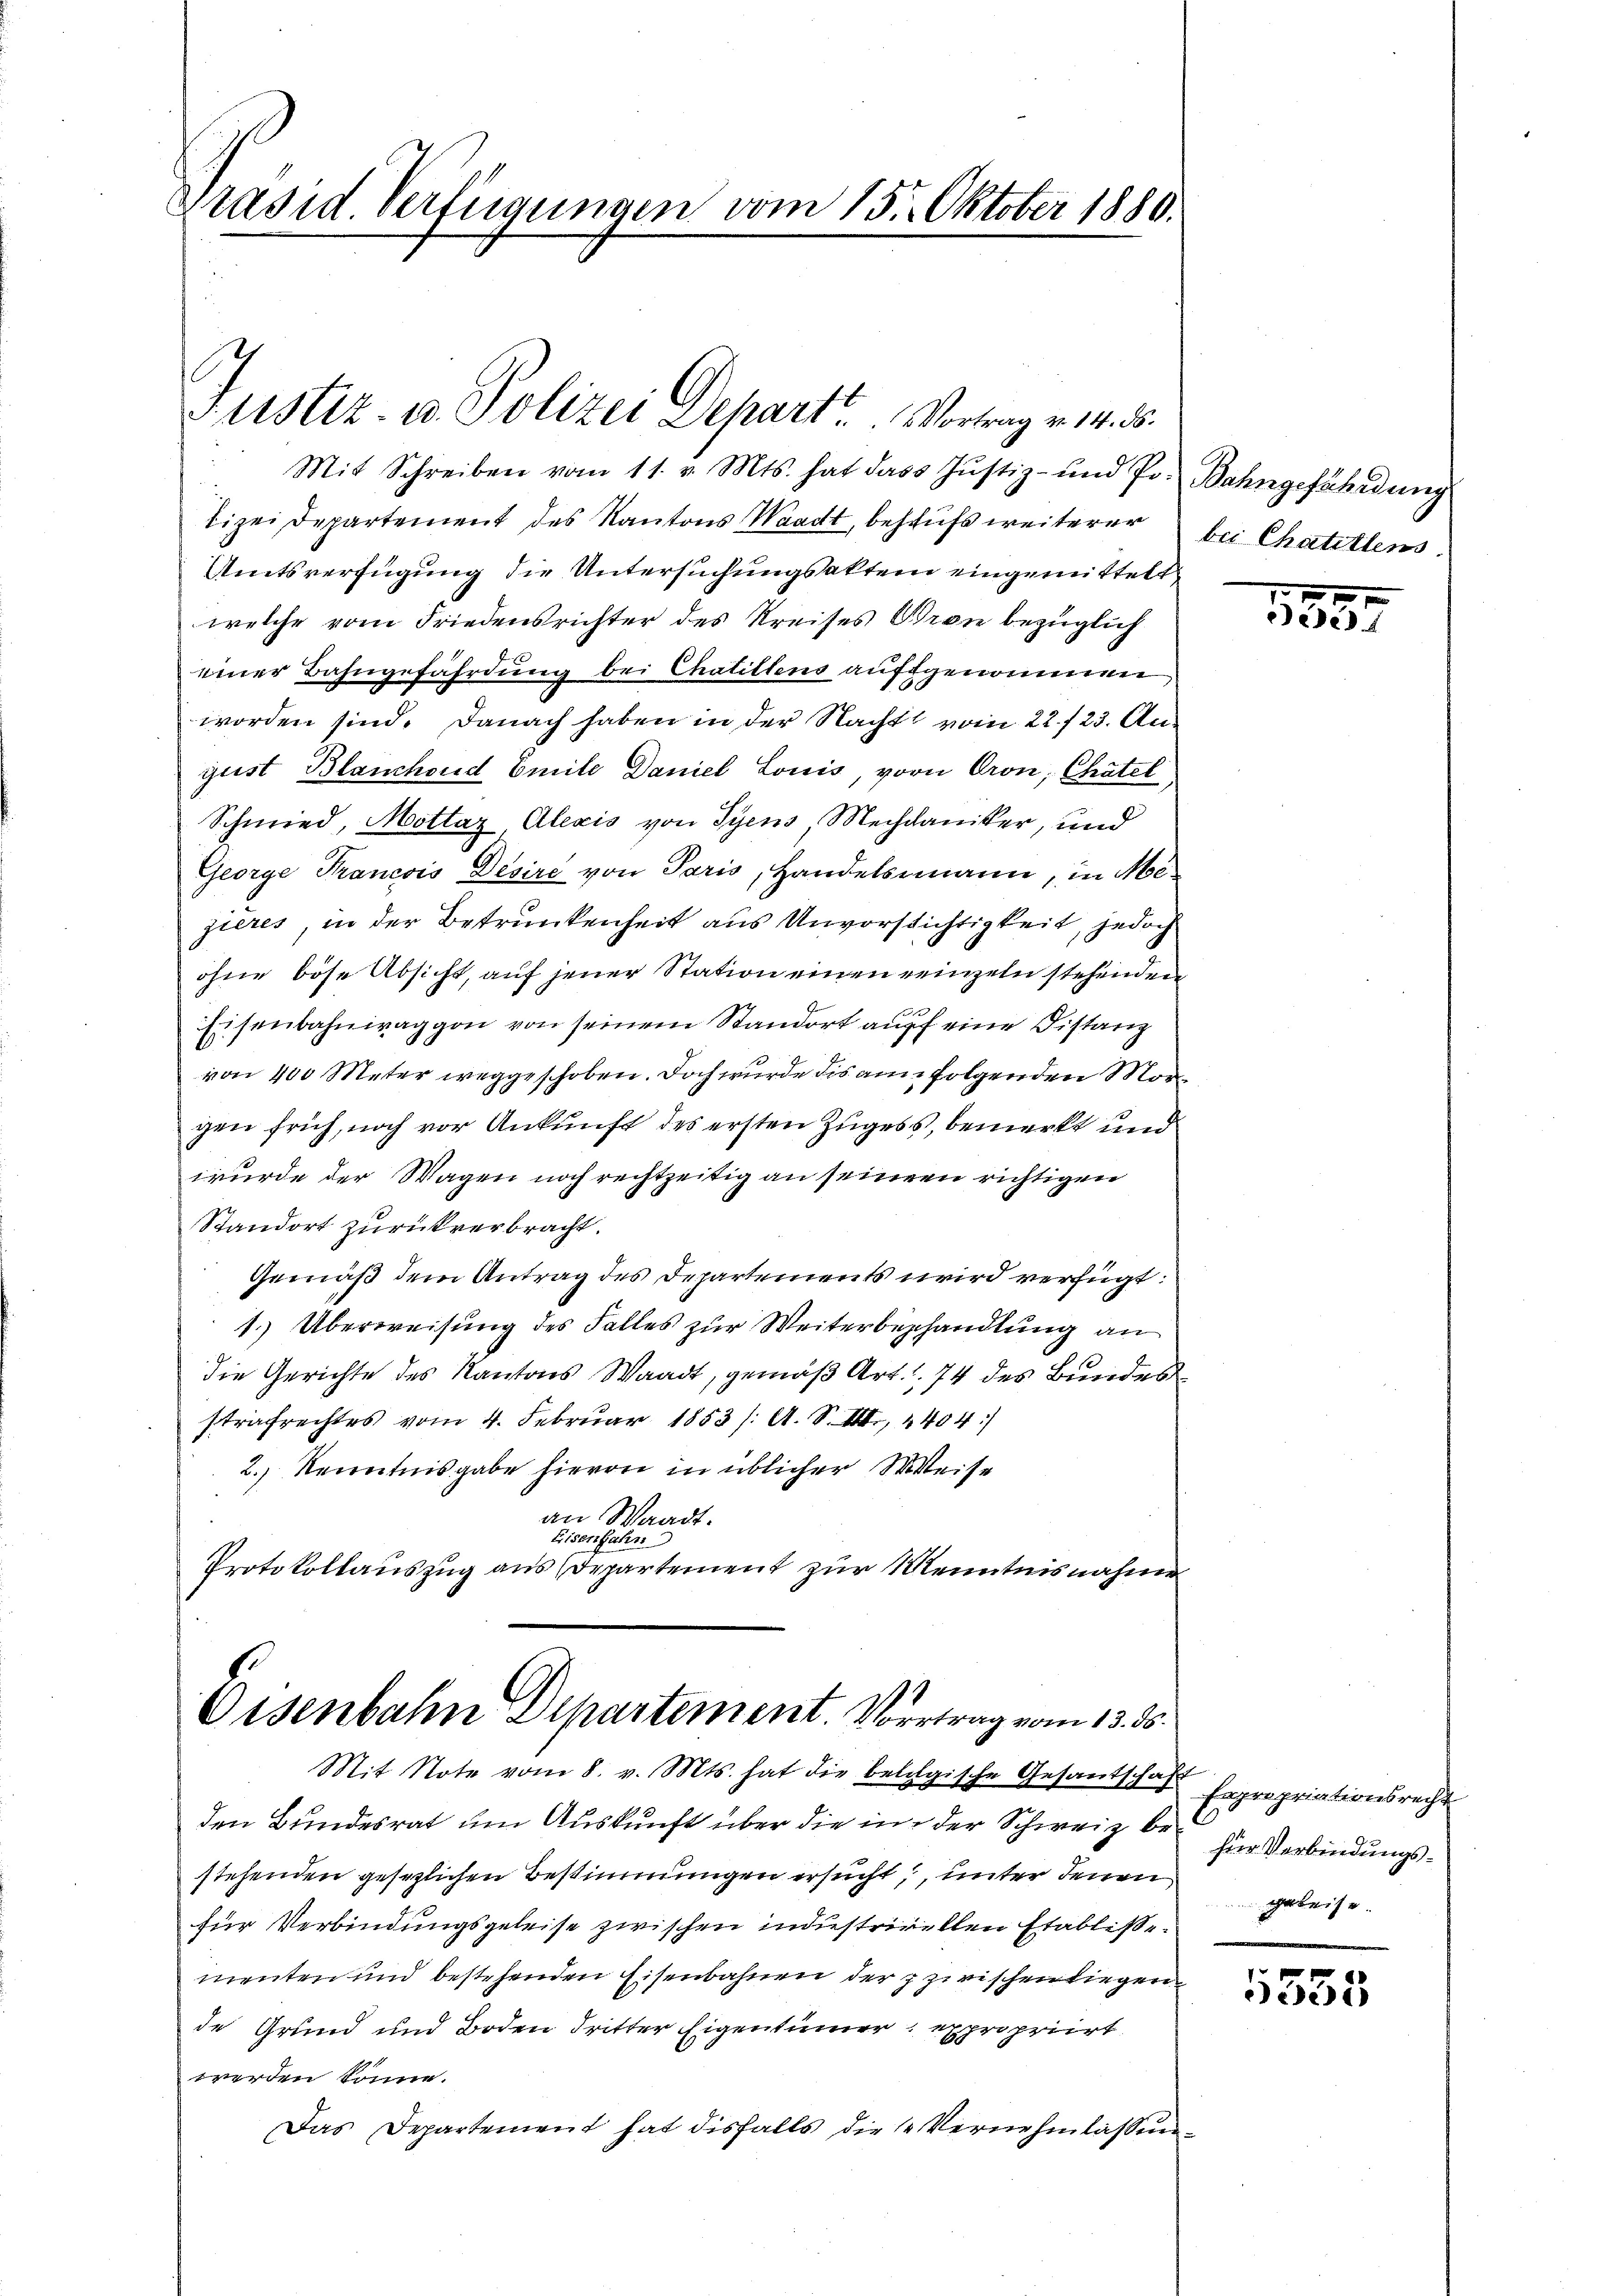
Präsid. Verfügungen vom 15. Oktober 1880.

Justiz- u. Polizei Depart. Vortrag v. 14. 8.

Oisenbahn Departement. Vortrag vom 13. ds.
Mit Note vom 8. v. Mts. hat die belogische Gesantschaft Expropriationsrecht

Mit Schreiben vom 11. v. Mts. hat dass Justiz- und Pr. Bahngefährdung
Tizei Departement des Kantons Waadt, behufs weiterer
Amtsverfügung die Untersuchungsakten eingemittelt
welche vom Friedensrichter des Kreises Bron bezüglich
einer Bahngefährdung bei Chalittens aufgenommen
worden sind. Danach haben in der Nacht vom 22./23. August Blanchoud Emile Daniel Louis, vorn Oron, Chätel
Schmied, Mottaz Alexis von Syens Mechaniker, und
George Francois Desire von Paris, Handelsmann, in Mezieres, in der Betrunkenheit aus Unvorsichtigkeit, jedoch
ohne böse Absicht, auf jener Station einen reinzeln stehenden
Eisenbahnwaggon von seinem Standort auf eine Distanz
von 400 Meter weggeschoben. Doch wurde dis an folgenden Morgen früh, noch vor Ankunft des ersten Zugess, bemerkt und
wurde der Wagen noch rechtzeitig an seinem richtigen
Standort zurückverbracht.
Gemäß dem Antrag des Departements wird verfügt:
1. Überweisung des Falles zur Weiterbezhandlung an
die Gerichte des Kantons Waadt, gemäß Art. 74 des Bundes
strafrechtes vom 4. Februar 1853 /: A. S. III 4404)
2.) Kenntnisgabe hievon in üblicher Weise
an Waadt.
Eisenbahn
Protokollauszug aus Departement zur Kenntnisnahme

bei Chatellens.

den Bundesrat um Auskunft über die in der Schweiz bestehenden gesezlichen Bestimmungen ersucht, unter denen
für Verbindungsgeleise zwischen industricellen Etabliße.
menten und bestehenden Eisenbahnen der zzirischen liegen
de Grund und Boden dritter Eigentümer expropriirt
werden könne.
Das Departement hat disfalls die Vernehmlassun¬

1857

hier Verbindungse

1555